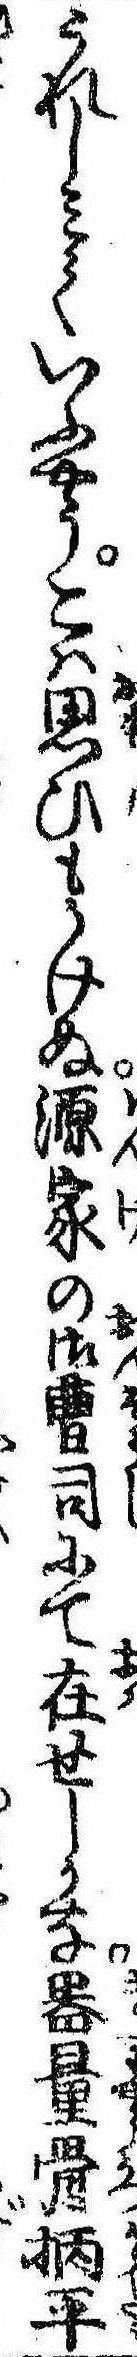
うれしみていふやうこは思ひもかけぬ源家の御曹司にて在せしかな器量骨抦平